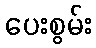
ပေးစွမ်း